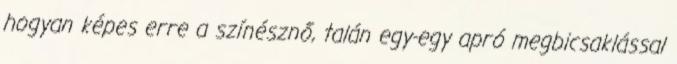
hogyan képes erre a színésznő, talán egy-egy apró megbicsaklással